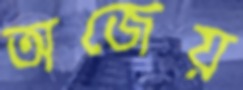
অজেয়